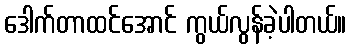
ဒေါက်တာထင်အောင် ကွယ်လွန်ခဲ့ပါတယ်။